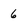
Character: 6